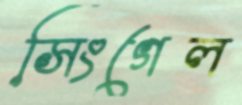
সিংগেল